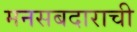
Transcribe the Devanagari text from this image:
मनसबदाराची